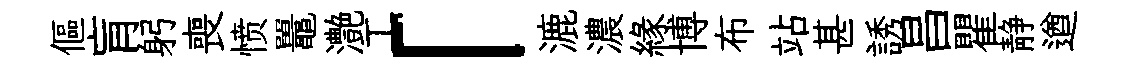
傴肓躬喪愤鼉灔工「漉濃緣博布站甚誘昌瞿静遒